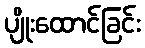
ပျိုးထောင်ခြင်း